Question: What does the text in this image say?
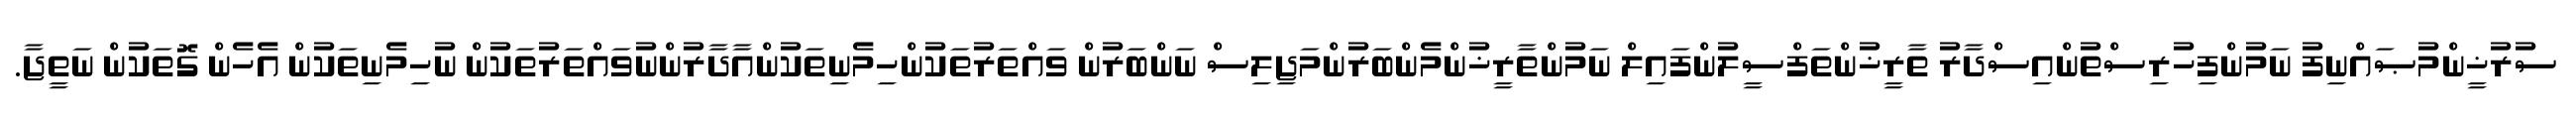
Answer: ސުރުޚީންމުޞައްނިފު ނަމުންފިހުރިސްތުންއިސްދާރު ތާރީޚުންތަފްސީލުންފައިލް ނަމުންތާރީޚުންމެންބަރުންމަޖިލިސް ނަންބަރުން ވައްތަރުތަކުންހިމެނިތަކުންއާދާރުންނުވައްތަރުތަކުން ނުހިމެނިތަކުން އެހެން ގޮތަކުން ނަތީޖާ.